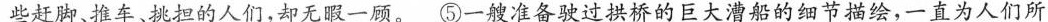
些赶脚、推车、挑担的人们，却无暇一顾。⑤一艘准备驶过拱桥的巨大漕船的细节描绘，一直为人们所